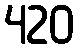
420